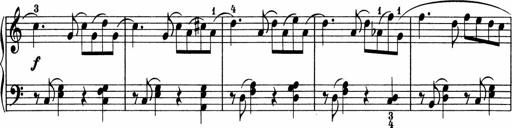
Title: 5 Sonatinen fÃ¼r die Jugend
Composer: Carl Reinecke